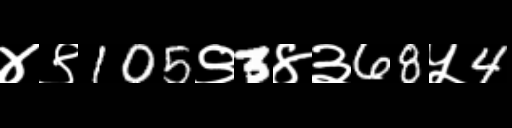
Text: ४९105९3४३68५4